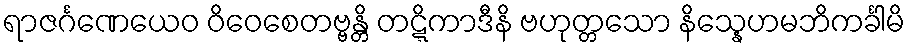
ရာဇင်္ဂဏေယေဝ ဝိဝေစေတဗ္ဗန္တိ တဋ္ဋိကာဒီနိ ဗဟုတ္တသော နိသ္နေဟမဘိကင်္ခါမိ